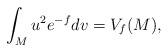
LaTeX: \begin{align*}\int_M u^2 e^{-f}dv=V_f(M),\end{align*}